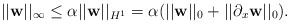
LaTeX: \begin{align*}||\textbf{w}||_{\infty} \le \alpha ||\textbf{w}||_{H^{1}} = \alpha (||\textbf{w}||_{0} + ||\partial_{x} \textbf{w}||_{0}).\end{align*}